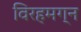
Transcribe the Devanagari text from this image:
विरहमग्न